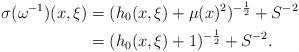
LaTeX: \begin{align*}\sigma(\omega^{-1})(x,\xi) &= (h_0(x,\xi) + \mu(x)^2)^{-\frac{1}{2}} + S^{-2} \\&= (h_0(x,\xi) + 1)^{-\frac{1}{2}} + S^{-2}.\end{align*}